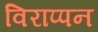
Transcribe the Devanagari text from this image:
विराप्पन